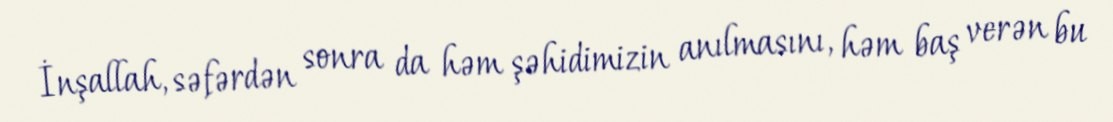
İnşallah, səfərdən sonra da həm şəhidimizin anılmasını, həm baş verən bu